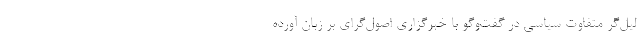
لیل‌گر متفاوت سیاسی در گفت‌و‌گو با خبرگزاری اصول‌گرای بر زبان آورده